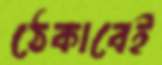
ঠেকাবেই